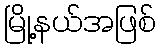
မြို့နယ်အဖြစ်